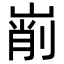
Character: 𡹺